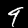
Label: 9